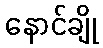
နောင်ချို